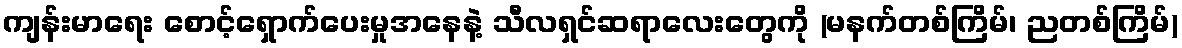
ကျန်းမာရေး စောင့်ရှောက်ပေးမှုအနေနဲ့ သီလရှင်ဆရာလေးတွေကို (မနက်တစ်ကြိမ်၊ ညတစ်ကြိမ်)